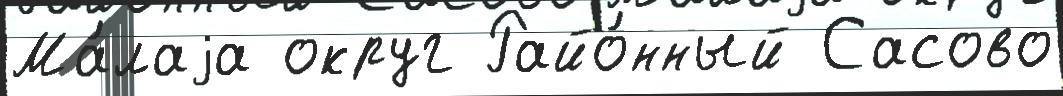
Ма́лаjа округ Райо́нный Сасово